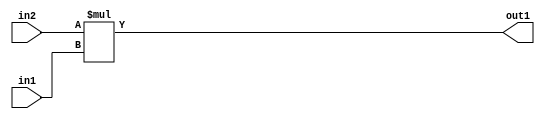
`timescale 1ps / 1ps
/*****************************************************************************
    Verilog RTL Description
    
    
    Created by: Stratus DpOpt 2019.1.01 
*******************************************************************************/

module ColorTransform_Mul_10Ux8U_18U_4 (
	in2,
	in1,
	out1
	); /* architecture "behavioural" */ 
input [9:0] in2;
input [7:0] in1;
output [17:0] out1;
wire [17:0] asc001;

assign asc001 = 
	+(in2 * in1);

assign out1 = asc001;
endmodule

/* CADENCE  ubL3Tww= : u9/ySgnWtBlWxVPRXgAZ4Og= ** DO NOT EDIT THIS LINE ******/